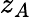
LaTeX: z_{A}